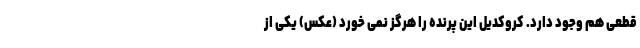
قطعی هم وجود دارد. کروکدیل این پرنده را هرگز نمی خورد (عکس) یکی از